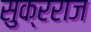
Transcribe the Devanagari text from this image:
सुक्रराज